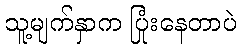
သူ့မျက်နှာက ပြုံးနေတာပဲ